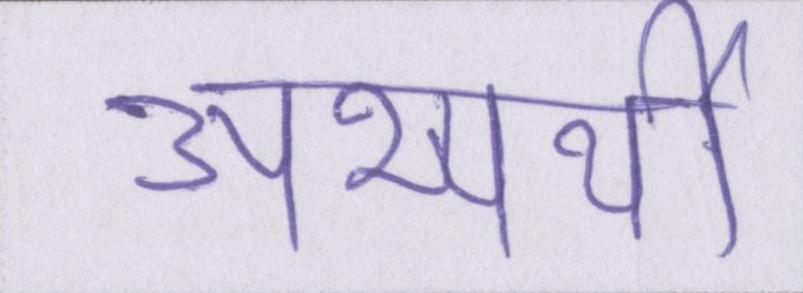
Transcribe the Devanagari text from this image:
अभ्यर्थी